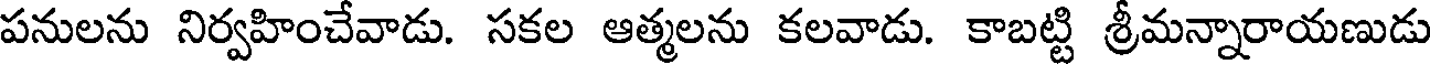
పనులను నిర్వహించేవాడు. సకల ఆత్మలను కలవాడు. కాబట్టి శ్రీమన్నారాయణుడు